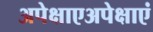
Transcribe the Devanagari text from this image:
अपेक्षाएअपेक्षाएं